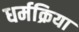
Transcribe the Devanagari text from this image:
धर्मक्रिया